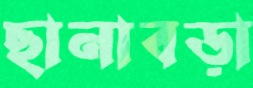
ছানাবড়া